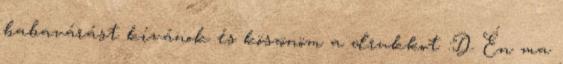
babavárást kívánok és köszönöm a drukkot :D Én ma